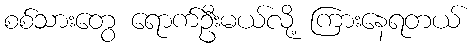
စစ်သားတွေ ရောက်ဦးမယ်လို့ ကြားနေရတယ်